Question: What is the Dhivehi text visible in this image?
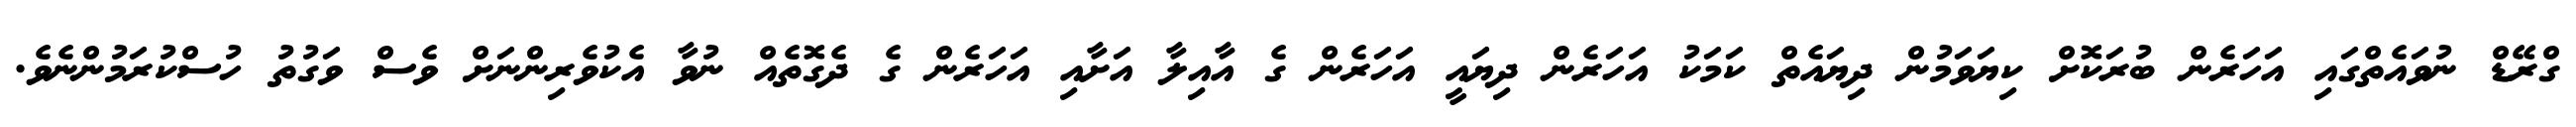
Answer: ގްރޭޑް ނުވައެތްގައި އަހަރެން ބުރަކޮށް ކިޔަވަމުން ދިޔައެތް ކަމަކު އަހަރެން ދިޔައީ އަހަރެން ގެ އާއިލާ އަށާއި އަހަރެން ގެ ދެގޮތެއް ނުވާ އެކުވެރިންނަށް ވެސް ވަގުތު ހުސްކުރަމުންނެވެ.